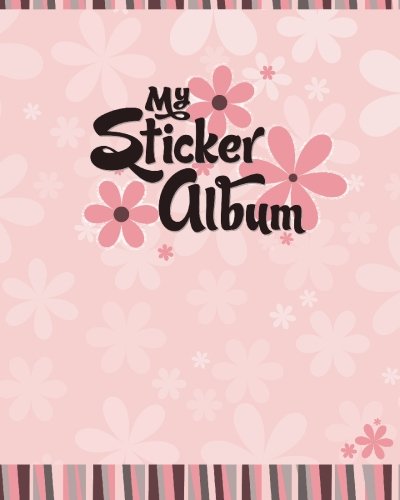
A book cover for My Sticker Album; Debra Hartley; Crafts, Hobbies & Home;